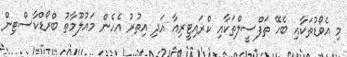
މި އެވޯޑުތަކާއި ބެހޭ ތަފްސީލްތަކާއި ކްރައިޓީރިއާ އަދި އިތުރު އެހެން މައުލޫމާތު ބްރޯޑްކާސްޓިން